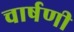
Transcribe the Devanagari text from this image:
चार्षणी